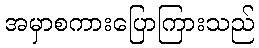
အမှာစကားပြောကြားသည်